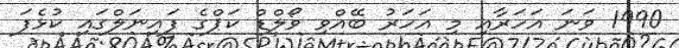
1990 ވަނަ އަހަރާއި މި އަހަރު ބޭއްވި ވޯލްޑް ކަޕްގެ ފައިނަލްގައި ކުޅެފަ